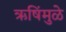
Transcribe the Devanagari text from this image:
ऋषिंमुळे